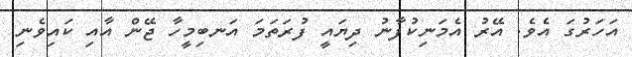
އަހަރުގަ އެވެ. އޭރު އެމަނިކުފާނު ދިޔައީ ފުރަތަމަ އަނބިމީހާ ޖޭން އާއި ކައިވެނި